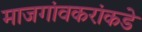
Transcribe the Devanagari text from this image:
माजगांवकरांकडे